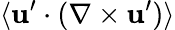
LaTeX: \langle{{\mathbf{u}}^{\prime}\cdot(\nabla\times{\mathbf{u}}^{\prime})}\rangle